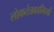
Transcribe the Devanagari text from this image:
लोकतंत्रकामियों